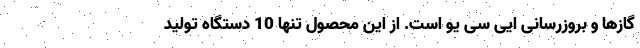
گازها و بروزرسانی ایی سی یو است. از این محصول تنها 10 دستگاه تولید